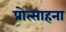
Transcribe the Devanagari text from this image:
प्रोत्साहना